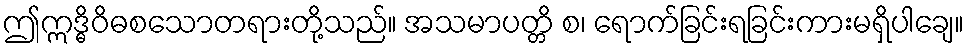
ဤဣဒ္ဓိဝိဓစသောတရားတို့သည်။ အသမာပတ္တိ စ၊ ရောက်ခြင်းရခြင်းကားမရှိပါချေ။